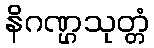
နိဂဏ္ဌသုတ္တံ